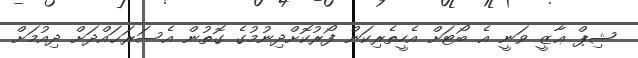
ޝިޕް ޢާޒީ ވަނީ އެ ބޯޓަށް އެހީތެރިކަން ފޯރުކޮށްދިނުމުގެ ގޮތުން އެސަރަޙައްދަށް ދިއުމަށް